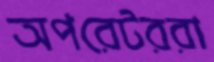
অপরেটররা